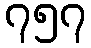
၇၅၇